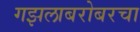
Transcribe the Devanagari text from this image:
गझलाबरोबरचा